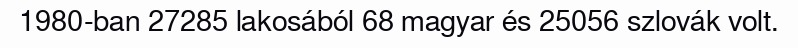
1980-ban 27285 lakosából 68 magyar és 25056 szlovák volt.